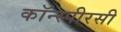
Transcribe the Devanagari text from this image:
कॉन्स्पीरसी